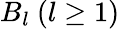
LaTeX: B_{l}\ (l\geq 1)